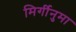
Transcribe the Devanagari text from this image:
मिर्गीनुमा